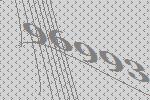
96993